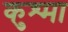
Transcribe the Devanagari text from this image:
कुश्‍मा